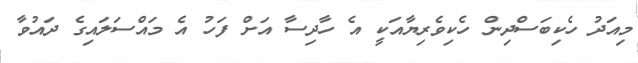
މިއަދު ހެކިބަސްދިން ހެކިވެރިޔާއަކީ އެ ހާދިސާ އަށް ފަހު އެ މައްސަލައިގެ ދައުވާ